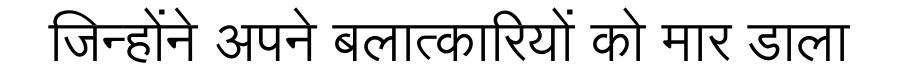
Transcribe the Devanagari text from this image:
जिन्होंने अपने बलात्कारियों को मार डाला